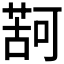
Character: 𮐤